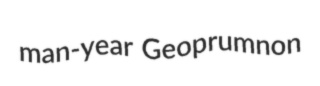
man-year Geoprumnon